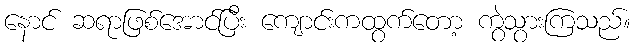
နောင် ဆရာဖြစ်အောင်ပြီး ကျောင်းကထွက်တော့ ကွဲသွားကြသည်။